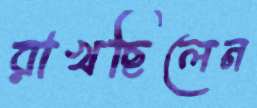
রাখছিলেন